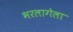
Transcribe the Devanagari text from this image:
भरलागेला